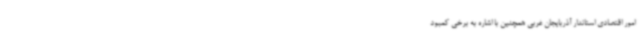
امور اقتصادی استاندار آذربایجان غربی همچنین با اشاره به برخی کمبود